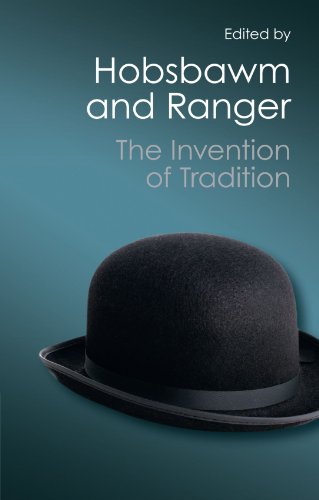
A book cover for The Invention of Tradition (Canto Classics); Politics & Social Sciences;